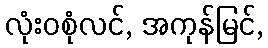
လုံးဝစုံလင်, အကုန်မြင်,